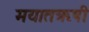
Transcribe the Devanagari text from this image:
मयातऋषी